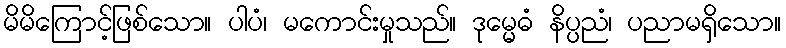
မိမိကြောင့်ဖြစ်သော။ ပါပံ၊ မကောင်းမှုသည်။ ဒုမ္မေဓံ နိပ္ပညံ၊ ပညာမရှိသော။